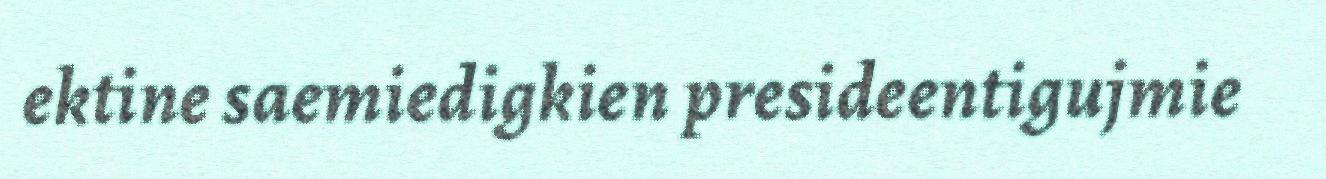
ektine saemiedigkien presideentigujmie